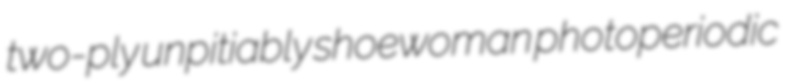
two-ply unpitiably shoewoman photoperiodic